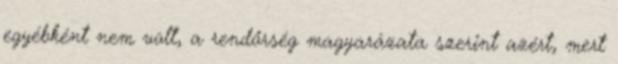
egyébként nem volt, a rendőrség magyarázata szerint azért, mert